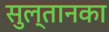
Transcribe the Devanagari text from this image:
सुल्तानका